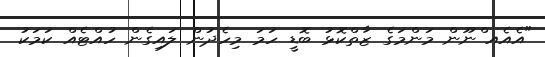
"އެއެއ ްނޫން މަންމަގެ ޒާތްކޮޅު ބޮޑީ ހަމަ މިހެދުން ލައިގެން ހުއްޓެއް ކަމަކު